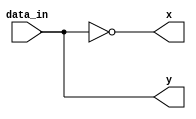
module pv(input data_in,output x,output y);
assign  x=(~(^data_in));
assign  y=^data_in;
endmodule